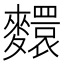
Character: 𪍺